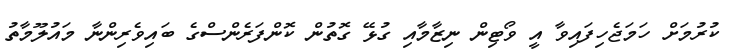
ކުރުމަށް ހަމަޖެހިފައިވާ އީ ވޯޓިން ނިޒާމާއި ގުޅޭ ގޮތުން ކޮންފަރެންސްގެ ބައިވެރިންނާ މައުލޫމާތު